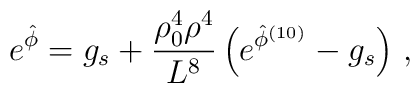
e^{\hat \phi}  = g_s +  { \rho_0^4 \rho^4\over L^8} 	\left(e^{\hat \phi^{(10)}} - g_s \right) \, ,